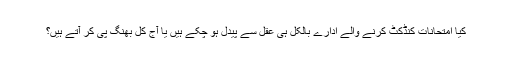
کیا امتحانات کنڈکٹ کرنے والے ادارے بالکل ہی عقل سے پیدل ہو چکے ہیں یا آج کل بھنگ پی کر آتے ہیں؟